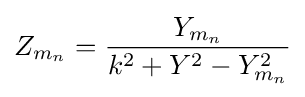
Z_{m_{n}}={\frac {Y_{m_{n}}}{k^{2}+Y^{2}-Y_{m_{n}}^{2}}}